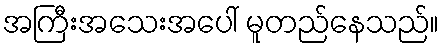
အကြီးအသေးအပေါ် မူတည်နေသည်။